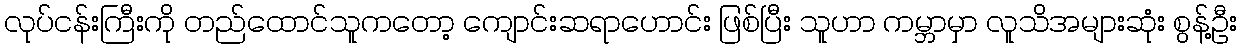
လုပ်ငန်းကြီးကို တည်ထောင်သူကတော့ ကျောင်းဆရာဟောင်း ဖြစ်ပြီး သူဟာ ကမ္ဘာမှာ လူသိအများဆုံး စွန့်ဦး